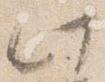
此